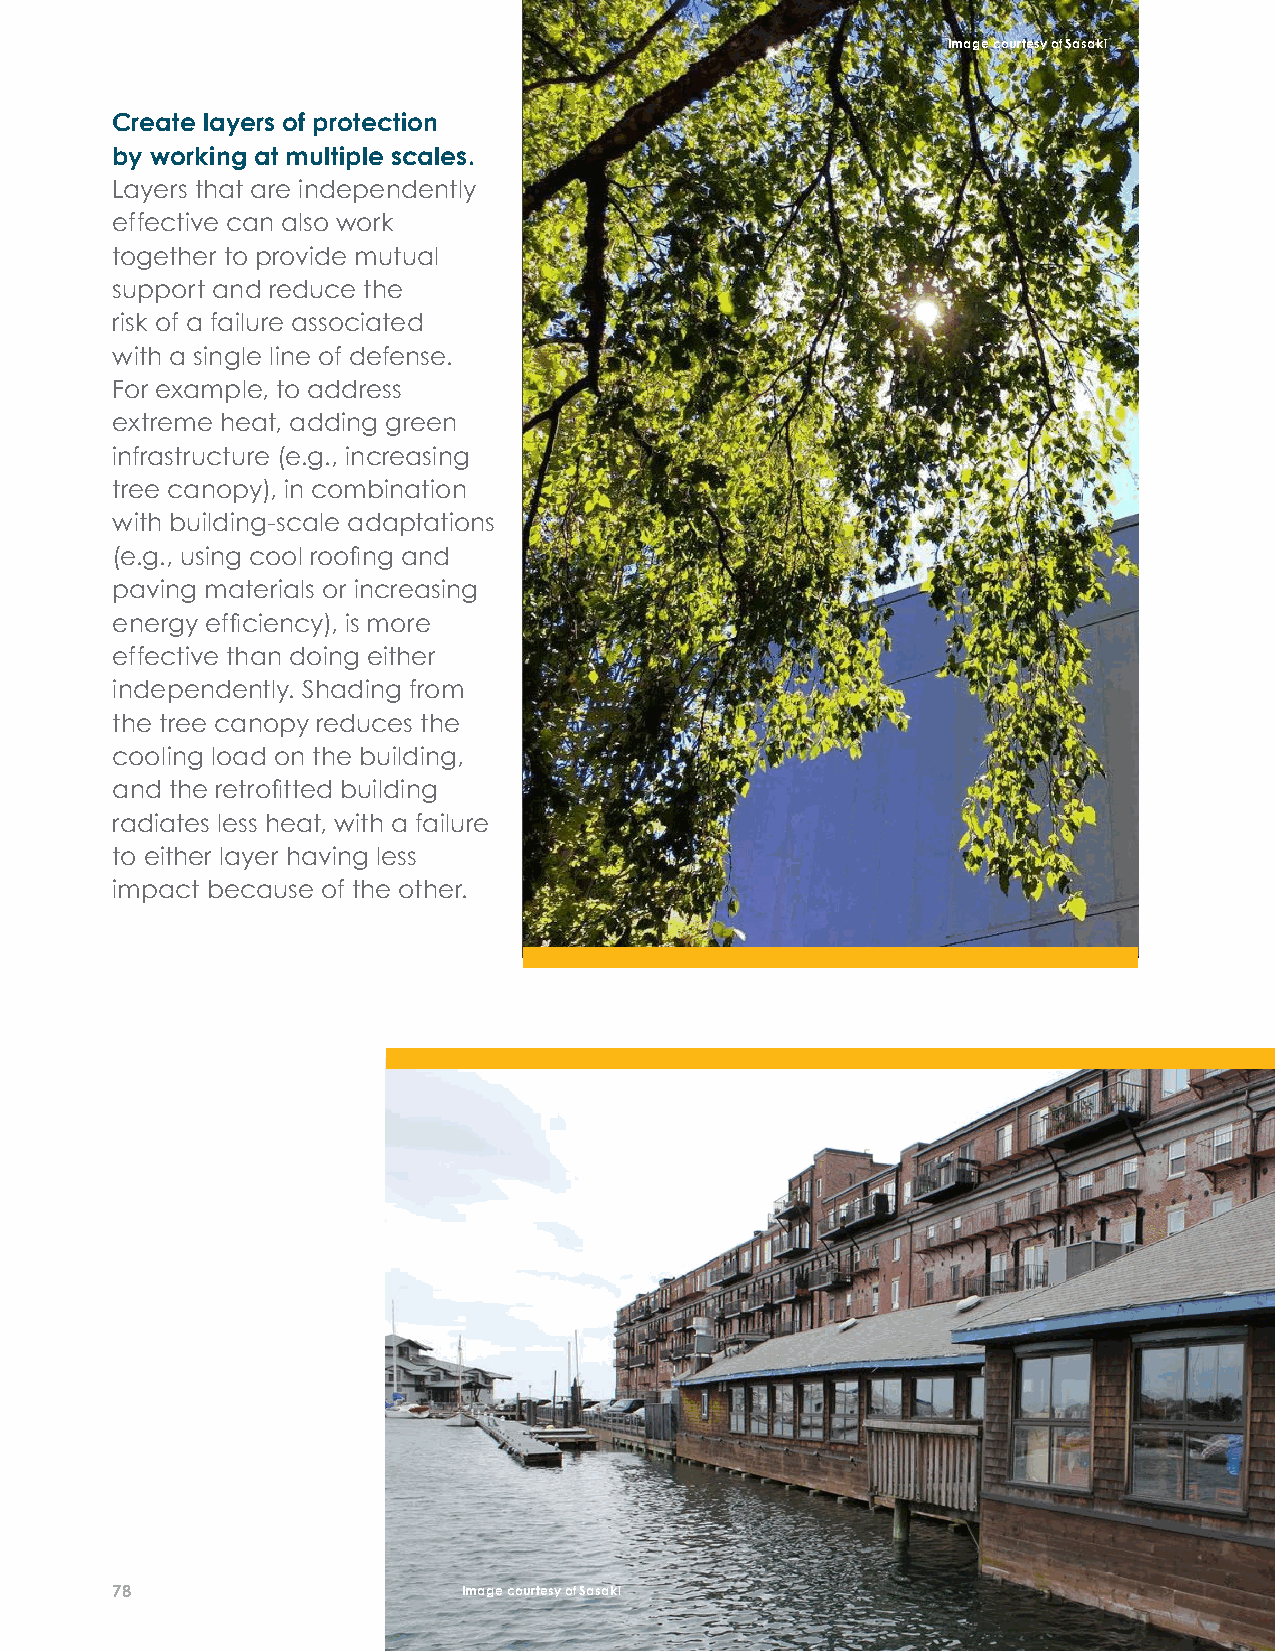
Image courtesy of Sasaki
 Create layers of protection
 by working at multiple scales.
 Layers that are independently
 effective can also work
 together to provide mutual
 Leverage building cycles. Buildings and
 support and reduce the
 infrastructure experience regular cycles
 risk of a failure associated
 of rehabilitation and replacement over
 with a single line of defense.
 time. Taking adaptation actions within the
 For example, to address
 context of the building cycle can reduce
 extreme heat, adding green
 disruption and cost, as in the case of green
 infrastructure (e.g., increasing
 infrastructure installed as part of a road
 tree canopy), in combination
 reconstruction project, rather than as a
 with building-scale adaptations
 standalone project that would still require
 (e.g., using cool roofi ng and
 digging up roads. While the building
 paving materials or increasing
 cycle progresses, operational changes,
 energy effi ciency), is more
 as opposed to physical adaptations, can
 effective than doing either
 be made to reduce risks. For example,
 independently. Shading from
 retailers can move the inventory stored in
 the tree canopy reduces the
 the basement of their stores onto shelves
 cooling load on the building,
 Image courtesy of Sasaki
 to reduce fl ood damage in the near term,
 and the retrofi tted building
 before local fl ood defenses are built.
 radiates less heat, with a failure
 to either layer having less
 impact because of the other.
 Design in fl exibility and adaptability. Climate conditions will
 continue to change over time, and climate resilience initiatives
 must be designed to adapt to them. For example, the 24-hour
 rainfall for a 10-year storm is projected to increase through the
 century. To be effective, the stormwater system must be fl exible
 enough to adapt to this increase in extreme precipitation.
 In practice, this often means decentralized, distributed
 stormwater storage across cities that can be expanded
 without disrupting the gray stormwater system. Similarly, the
 elevation of 1 percent annual chance fl oods is also projected
 to increase throughout the century. Buildings can be built
 today with high ground-fl oor ceilings so that the ground fl oor
 can be raised as sea levels rise over time, without creating
 undesirably low fl oor-to-ceiling heights.
 78                      Image courtesy of Sasaki